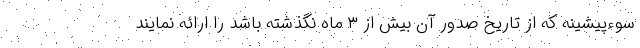
سوءپیشینه که از تاریخ صدور آن بیش از ۳ ماه نگذشته باشد را ارائه نمایند